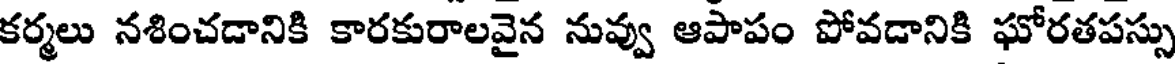
కర్మలు నశించడానికి కారకురాలవైన నువ్వు ఆపాపం పోవడానికి ఘోరతపస్సు